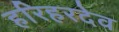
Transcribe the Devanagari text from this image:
हरिहरदेव